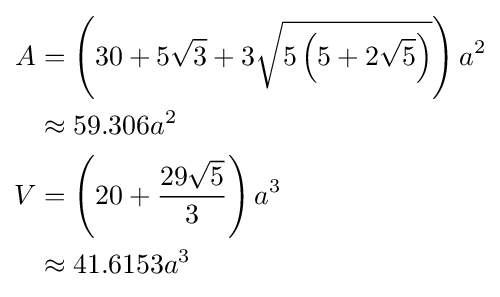
{\begin{aligned}A&=\left(30+5{\sqrt {3}}+3{\sqrt {5\left(5+2{\sqrt {5}}\right)}}\right)a^{2}\\&\approx 59.306a^{2}\\V&=\left(20+{\frac {29{\sqrt {5}}}{3}}\right)a^{3}\\&\approx 41.6153a^{3}\end{aligned}}